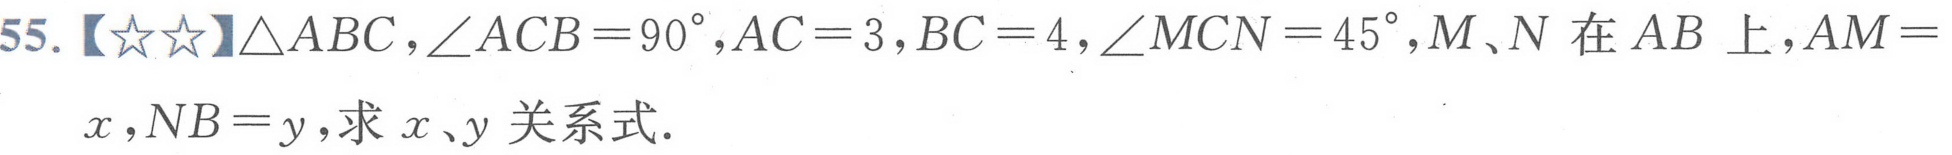
55.【\(☆☆\)】\(\triangle ABC\)，\(\angle ACB = 90^{\circ}\)，\(AC = 3\)，\(BC = 4\)，\(\angle MCN = 45^{\circ}\)，\(M、N\)在\(AB\)上，\(AM = x\)，\(NB = y\)，求\(x、y\)关系式.